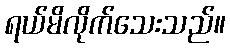
ရယ်မိလိုက်သေးသည်။